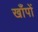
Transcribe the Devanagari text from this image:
खाँपों